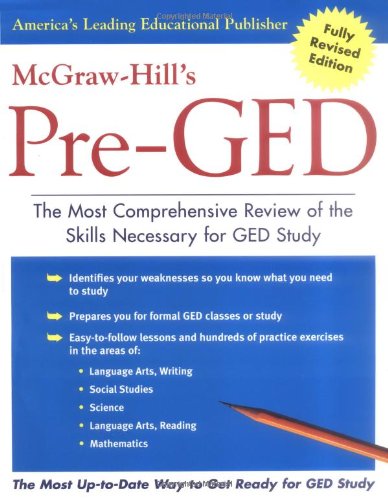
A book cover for McGraw-Hill's Pre-GED : The Most Comprehensive Review of the Skills Necessary for GED Study; McGraw-Hill's GED; Test Preparation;